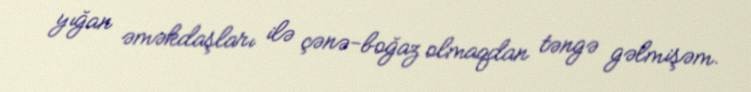
yığan əməkdaşları ilə çənə-boğaz olmaqdan təngə gəlmişəm.